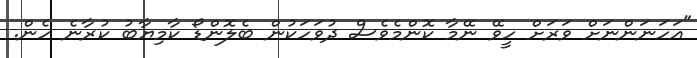
"އަހަނަންނަށް ވަރަށް ހީވޭ ނޭމާ ކޮންމެވެސް ދުވަހަކުން ބެލޮންޑޯ ކާމިޔާބު ކުރާނެ ހެން.